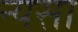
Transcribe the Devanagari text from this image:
न्यसा